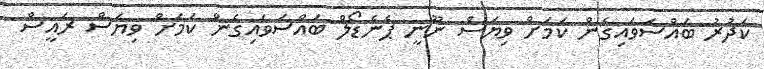
ކަދުުރު ބައްސަވައިގެން ކަމަށް ވިޔަސް ނޫނީ ޕެނެޑޯލް ބައްސަވައިގެން ކަމަށް ވިޔަސް ރައީސް